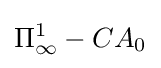
\Pi _{\infty }^{1}-CA_{0}